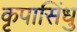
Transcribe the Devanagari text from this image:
कृपासिंधु